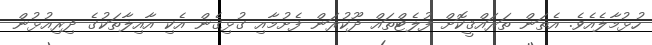
ހުޅުމާލެއެވެ. އެތަން ތަރައްޤީކޮށް ފުލެޓްތައް ދޫކުރަން ފެށުމާއި ގުޅިގެން އެކި އާއިލާތަކުގެ ދިރިއުޅުން